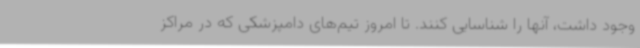
وجود داشت، آنها را شناسایی کنند. تا امروز تیم‌های دامپزشکی که در مراکز